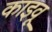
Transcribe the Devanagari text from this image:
काइवू